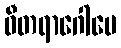
ဝီတရာဂေါပေ